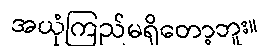
အယုံကြည်မရှိတော့ဘူး။